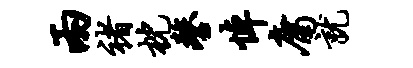
两褚枕鏊悼庸就